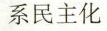
系民主化